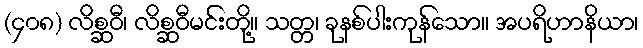
(၄၀၈) လိစ္ဆဝီ၊ လိစ္ဆဝီမင်းတို့။ သတ္တ၊ ခုနစ်ပါးကုန်သော။ အပရိဟာနိယာ၊